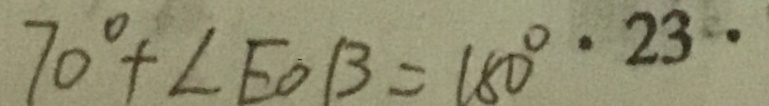
7 0 ^ { \circ } + \angle E O B = 1 8 0 ^ { \circ } \cdot 2 3 \cdot